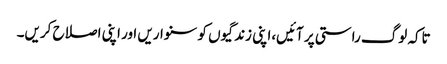
تاکہ لوگ راستی پر آئیں،اپنی زندگیوں کو سنواریں اور اپنی اصلاح کریں۔